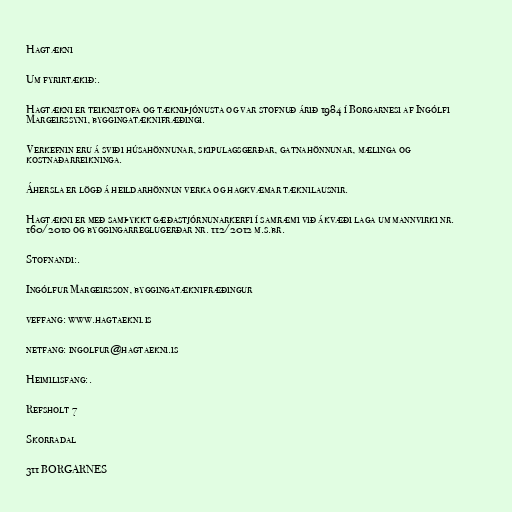
Hagtækni

Um fyrirtækið:.

Hagtækni er teiknistofa og tækniþjónusta og var stofnuð árið 1984 í Borgarnesi af Ingólfi
Margeirssyni, byggingatæknifræðingi.

Verkefnin eru á sviði húsahönnunar, skipulagsgerðar, gatnahönnunar, mælinga og
kostnaðarreikninga.

Áhersla er lögð á heildarhönnun verka og hagkvæmar tæknilausnir.

Hagtækni er með samþykkt gæðastjórnunarkerfi í samræmi við ákvæði laga um mannvirki nr.
160/2010 og byggingarreglugerðar nr. 112/2012 m.s.br.

Stofnandi:.

Ingólfur Margeirsson, byggingatæknifræðingur

veffang: www.hagtaekni.is

netfang: ingolfur@hagtaekni.is

Heimilisfang:.

Refsholt 7

Skorradal

311 BORGARNES